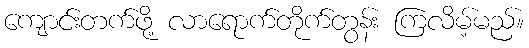
ကျောင်းတက်ဖို့ လာရောက်တိုက်တွန်း ကြလိမ့်မည်။